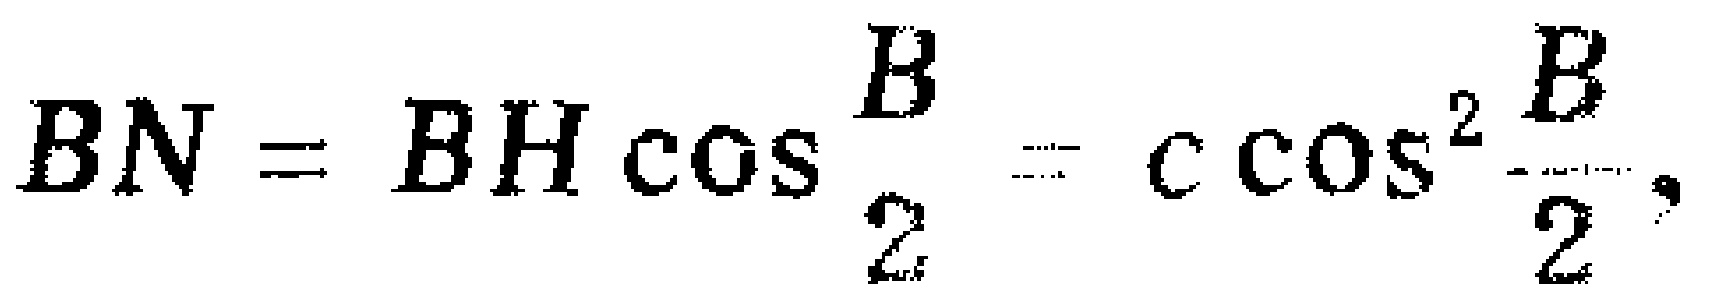
\(BN = BH\cos\frac{B}{2}= c\cos^{2}\frac{B}{2},\)